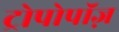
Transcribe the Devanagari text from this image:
ट्रोपोपॉज़